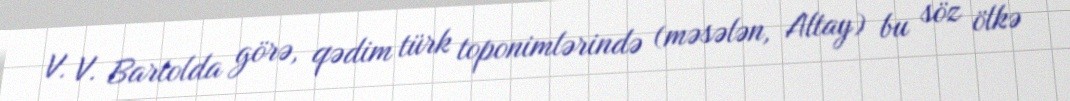
V. V. Bartolda görə, qədim türk toponimlərində (məsələn, Altay) bu söz ölkə